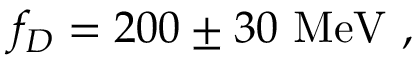
f _ { D } = 2 0 0 \pm 3 0 \ \mathrm { M e V } \ ,